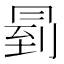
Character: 𠕥